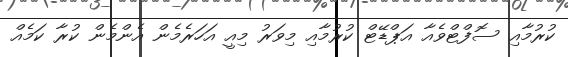
ކުރުމާއި ސޮފްޓްވެއާ އަޕްޑޭޓް ކުރުމާއި މިވަރު މިއީ އަހަރެމެން އެންމެން ކުރާ ކަމެއް